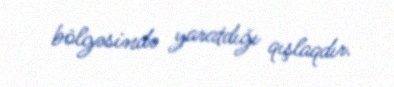
bölgəsində yaratdığı qışlaqdır.